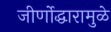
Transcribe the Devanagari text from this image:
जीर्णोद्धारामुळे